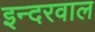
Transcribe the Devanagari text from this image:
इन्दरवाल